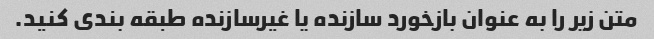
متن زیر را به عنوان بازخورد سازنده یا غیرسازنده طبقه بندی کنید.